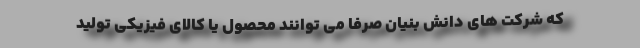
که شرکت های دانش بنیان صرفا می توانند محصول یا کالای فیزیکی تولید